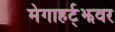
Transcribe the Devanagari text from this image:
मेगाहर्ट्‌झवर